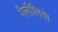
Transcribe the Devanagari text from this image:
गैलीलियेा